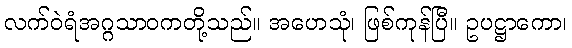
လက်ဝဲရံအဂ္ဂသာဝကတို့သည်။ အဟေသုံ၊ ဖြစ်ကုန်ပြီ။ ဥပဋ္ဌာကော၊